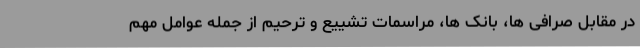
در مقابل صرافی ها، بانک ها، مراسمات تشییع و ترحیم از جمله عوامل مهم